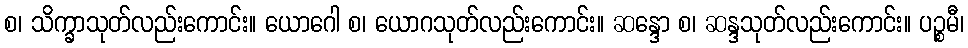
စ၊ သိက္ခာသုတ်လည်းကောင်း။ ယောဂေါ စ၊ ယောဂသုတ်လည်းကောင်း။ ဆန္ဒော စ၊ ဆန္ဒသုတ်လည်းကောင်း။ ပဉ္စမီ၊